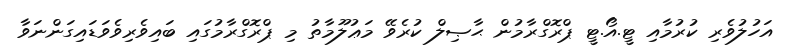
އަހުލުވެރި ކުރުމާއި ޓީ.އޯ.ޓީ ޕްރޮގްރާމުން ޙާޞިލް ކުރެވޭ މަޢުލޫމާތު މި ޕްރޮގްރާމުގައި ބައިވެރިވެވަޑައިގަންނަވާ